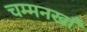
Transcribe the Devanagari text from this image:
चम्मनखाँ